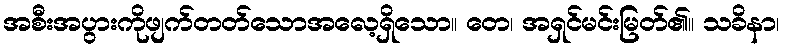
အစီးအပွားကိုဖျက်တတ်သောအလေ့ရှိသော။ တေ၊ အရှင်မင်းမြတ်၏။ သခိနာ၊